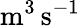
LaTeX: \mathrm{m^{3}\, s^{-1}}